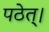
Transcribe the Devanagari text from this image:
पठेत्‌।